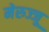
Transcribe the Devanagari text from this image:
मेरुज्जू